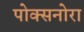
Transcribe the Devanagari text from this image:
पोक्सनोरा